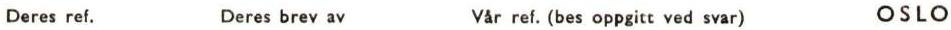
Deres ref. Deres brev av Vår ref. (bes oppgitt ved svar) OSLO